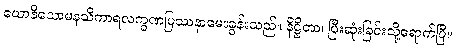
ယောနိသောမနသိကာရလက္ခဏပြဿနာမေးခွန်းသည်။ နိဋ္ဌိတာ၊ ပြီးဆုံးခြင်းသို့ရောက်ပြီ။